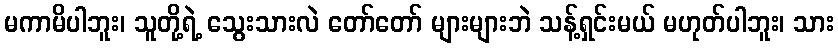
မကာမိပါဘူး၊ သူတို့ရဲ့ သွေးသားလဲ တော်တော် များများဘဲ သန့်ရှင်းမယ် မဟုတ်ပါဘူး၊ သား